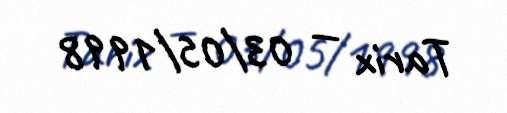
Tarix — 03/05/1998